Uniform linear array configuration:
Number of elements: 4
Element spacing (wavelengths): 0.75
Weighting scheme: exponential
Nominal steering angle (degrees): -45
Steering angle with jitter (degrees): -45.599
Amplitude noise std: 0.05
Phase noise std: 0.05

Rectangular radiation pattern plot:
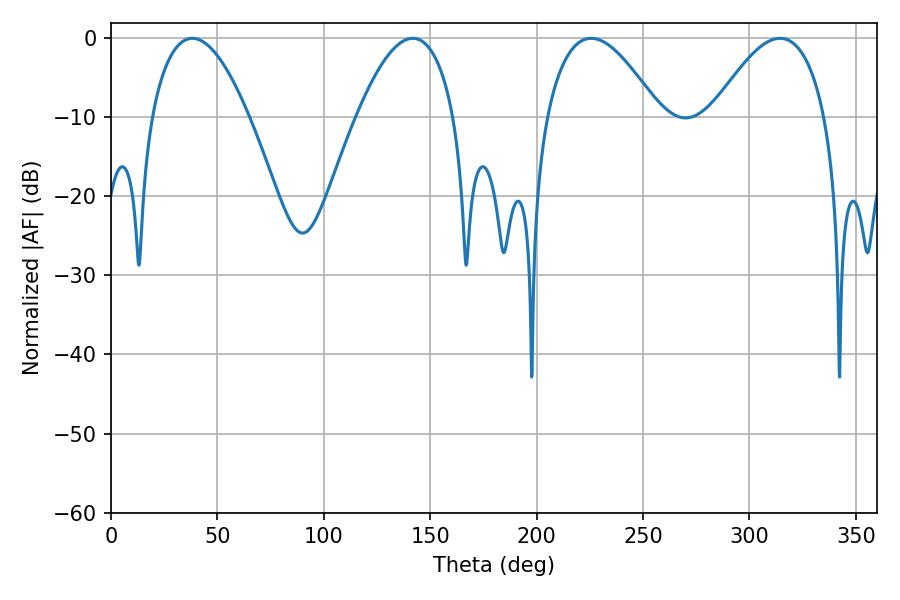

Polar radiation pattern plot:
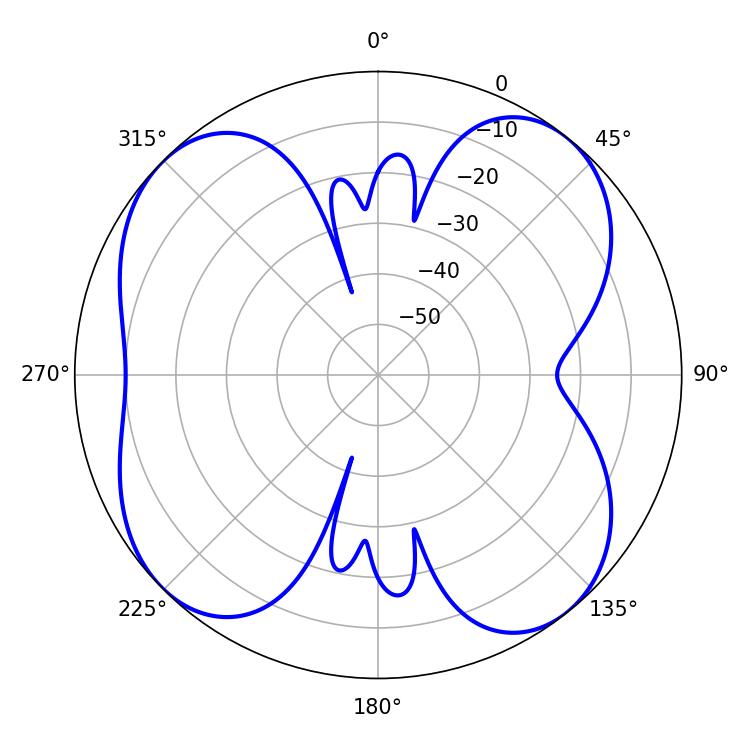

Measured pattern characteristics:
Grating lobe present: TRUE
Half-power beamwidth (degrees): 25.2
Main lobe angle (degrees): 38.16